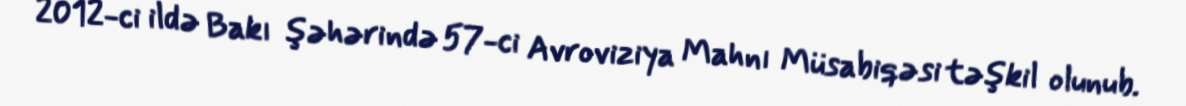
2012-ci ildə Bakı şəhərində 57-ci Avroviziya Mahnı Müsabiqəsi təşkil olunub.